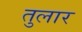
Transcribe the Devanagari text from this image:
तुलार